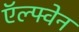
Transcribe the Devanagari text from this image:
ऍल्फ्वेन